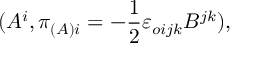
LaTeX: ( A ^ { i } , \pi _ { ( A ) i } = - \frac { 1 } { 2 } { \varepsilon } _ { o i j k } B ^ { j k } ) ,